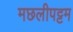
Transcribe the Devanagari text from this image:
मछलीपट्टम